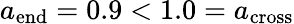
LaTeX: a_{\mathrm{end}}=0.9<1.0=a_{\mathrm{cross}}